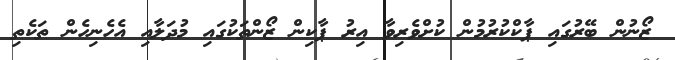
ޒޯނުން ބޭރުގައި ޕާކްކުރުމުން ކުށްވެރިވާ އިރު ޕާކިން ޒޯންތަކުގައި މުދަލާއި އެހެނިހެން ތަކެތި